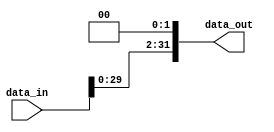

/*
// Module: shift_left_twice.v
// Description: shift left twice verilog code //
// Owner : Mohamed Ayman
*/

module shift_left_twice
#(parameter data_size = 32) 
(
    output reg    [data_size-1:0]     data_out,
    input  wire   [data_size-1:0]     data_in
);

always @(*)

    begin
        data_out = data_in << 2;
    end

endmodule